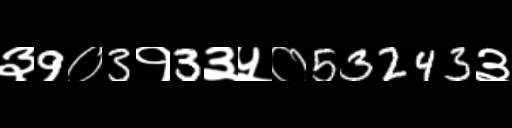
Text: ३9०3१3३५०53243३